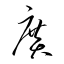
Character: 廣